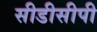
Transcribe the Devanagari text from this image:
सीडीसीपी